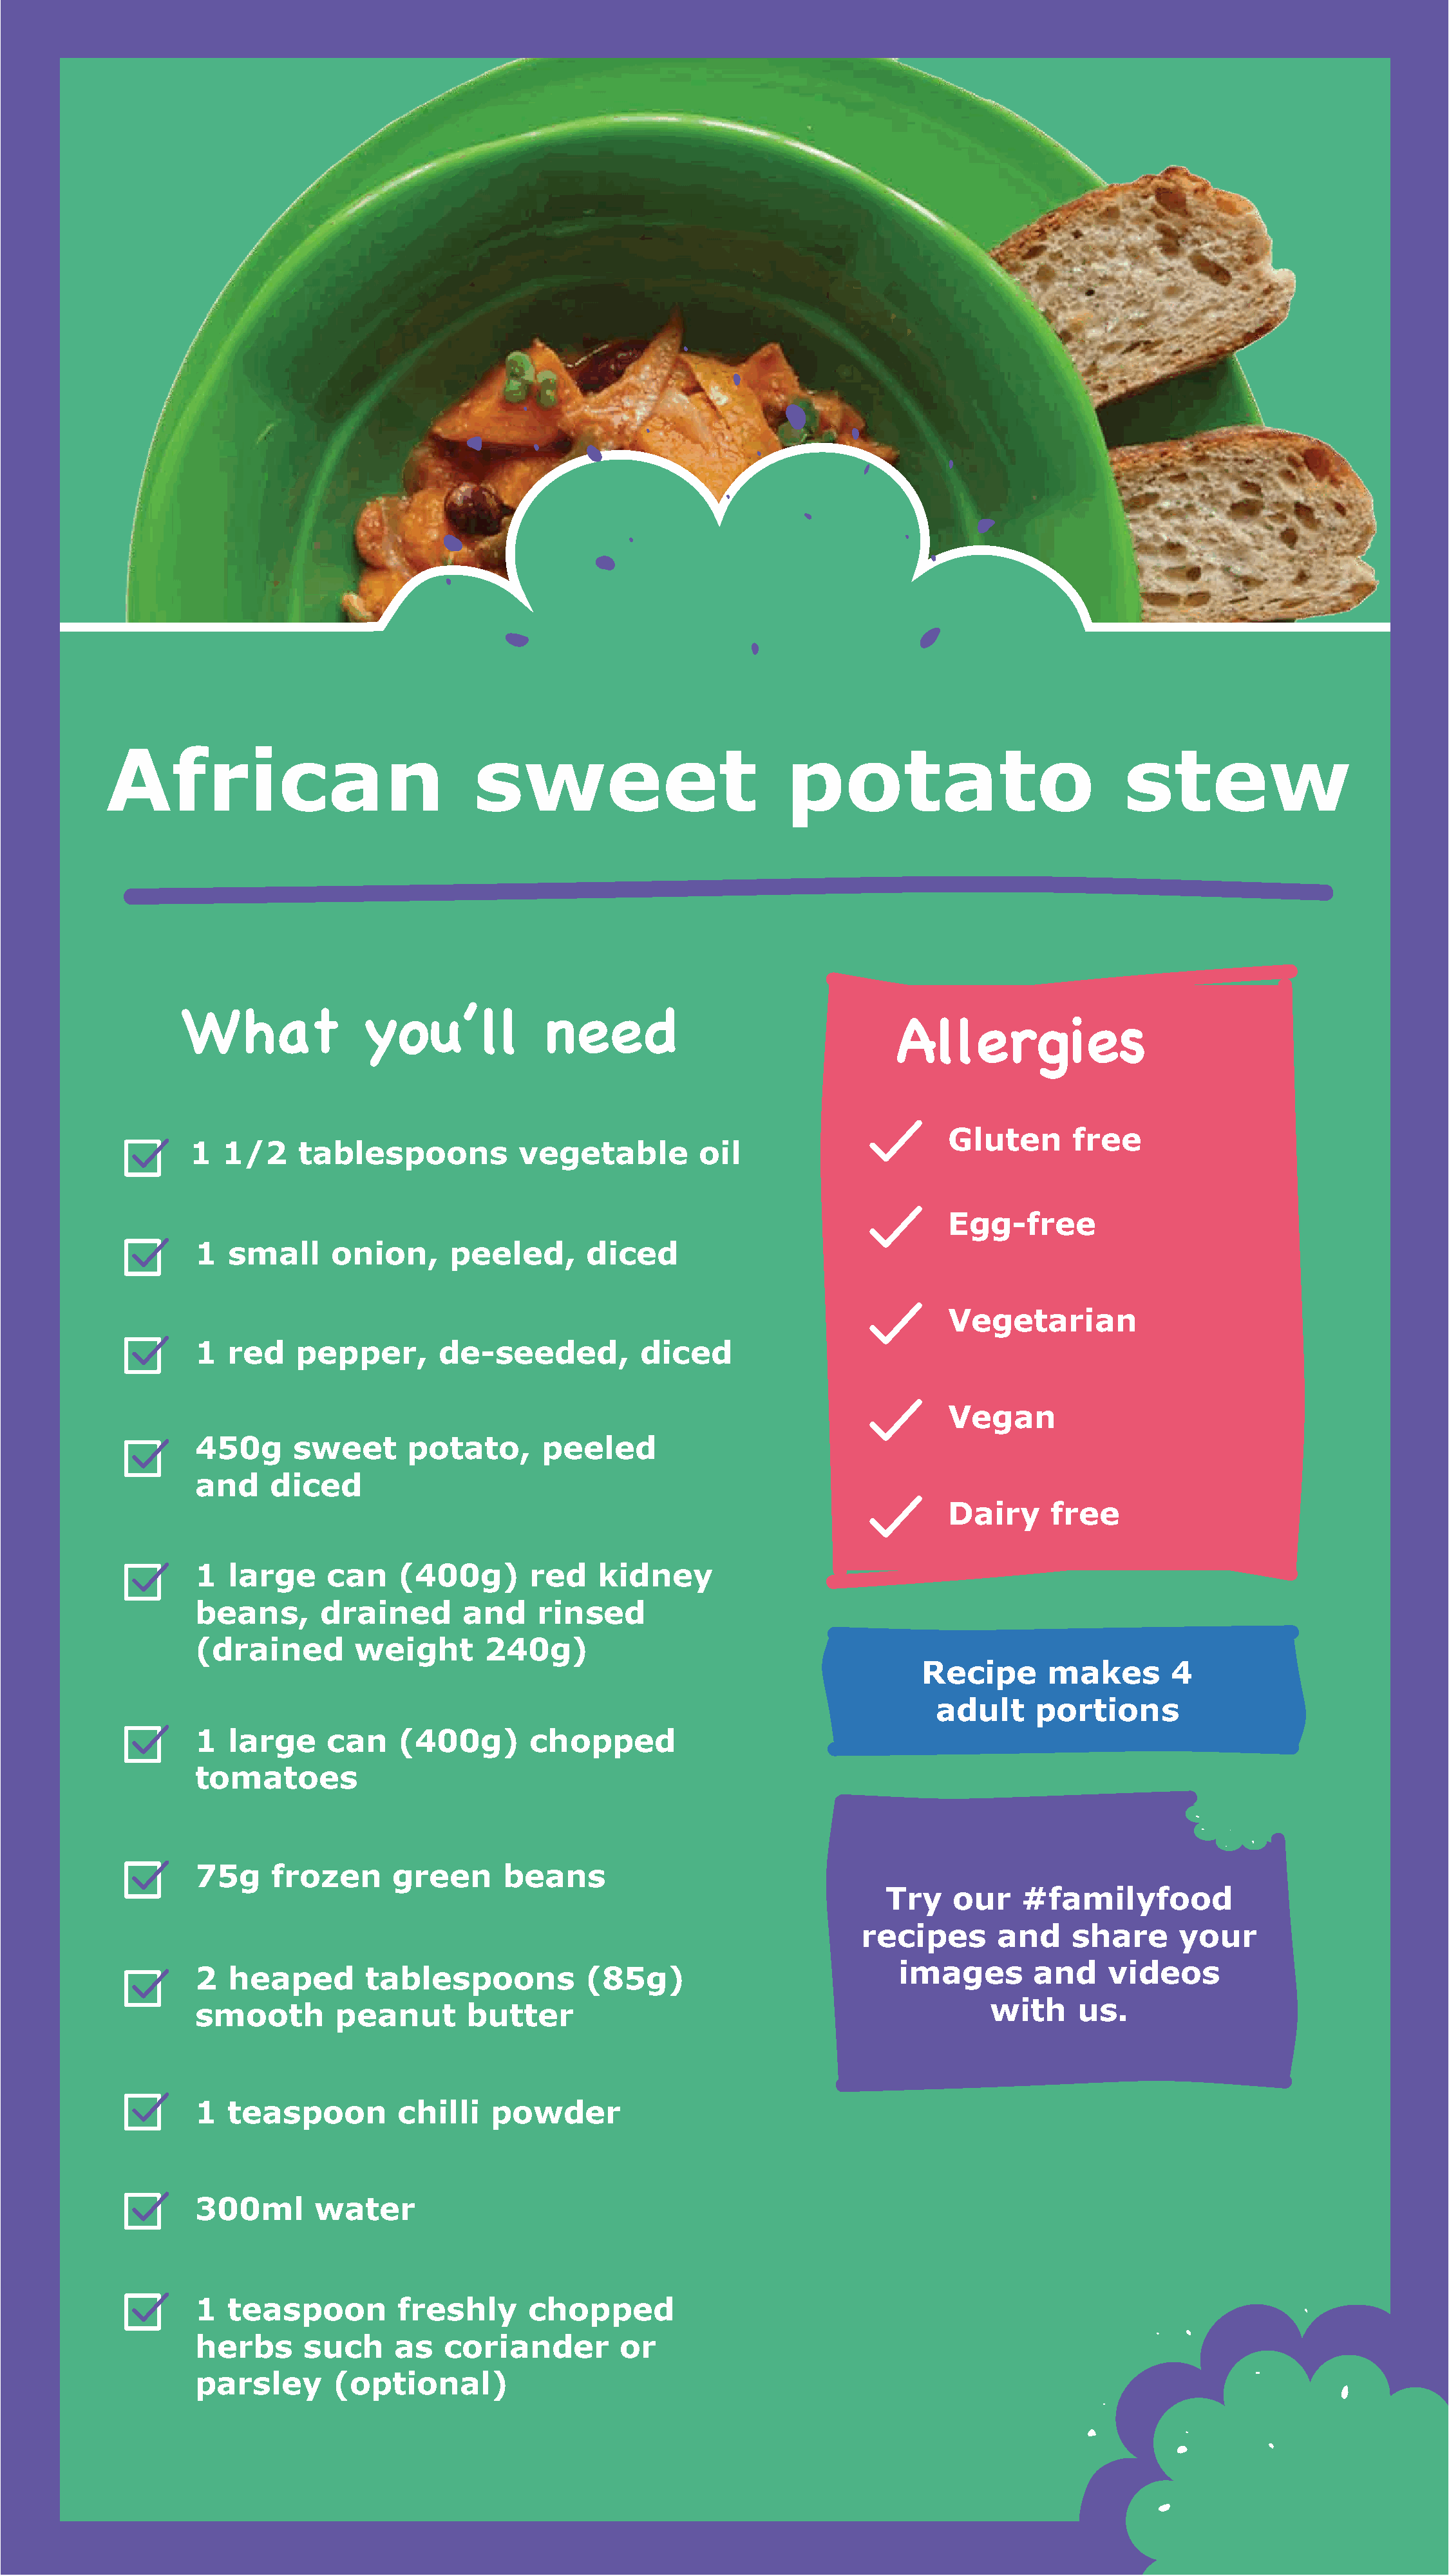
African                               sweet                           potato                             stew
 WWhhaatt          yyoouu’’llll       nneeeedd
 Allergies
 Gluten       free
 1  1/2     tablespoons           vegetable          oil
 Egg-free
 1  small      onion,      peeled,       diced
 Vegetarian
 1  red    pepper,        de-seeded,           diced
 Vegan
 450g      sweet       potato,       peeled
 and     diced
 Dairy      free
 1  large      can    (400g)       red    kidney
 beans,       drained        and    rinsed
 (drained        weight        240g)
 Recipe       makes       4
 adult     portions
 1  large      can    (400g)       chopped
 tomatoes
 75g     frozen      green       beans
 Try    our    #familyfood
 recipes      and     share      your
 images        and     videos
 2  heaped         tablespoons           (85g)
 with     us.
 smooth        peanut        butter
 1  teaspoon          chilli   powder
 300ml       water
 1  teaspoon          freshly      chopped
 herbs      such      as   coriander         or
 parsley       (optional)